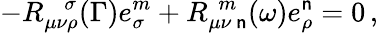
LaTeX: -R_{\mu\nu\rho}^{~~~~\sigma}(\Gamma)e_{\sigma}^{m}+R_{\mu\nu~\mathsf{n}}^{~~m}(\omega)e_{\rho}^{\mathsf{n}}=0\, ,